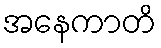
အနေကာတိ